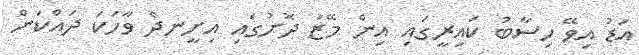
އަޑު އިވޭ ހިސާބު ކައިރީގައި އިން މޭޒު ދޮށުގައި އިށީނދެ ވާހަކަ ދައްކަން